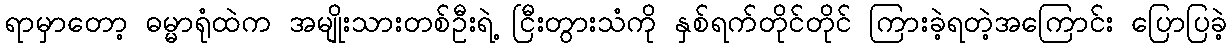
ရာမှာတော့ ဓမ္မာရုံထဲက အမျိုးသားတစ်ဦးရဲ့ ငြီးတွားသံကို နှစ်ရက်တိုင်တိုင် ကြားခဲ့ရတဲ့အကြောင်း ပြောပြခဲ့